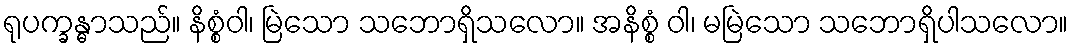
ရုပက္ခန္ဓာသည်။ နိစ္စံဝါ၊ မြဲသော သဘောရှိသလော။ အနိစ္စံ ဝါ၊ မမြဲသော သဘောရှိပါသလော။